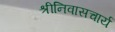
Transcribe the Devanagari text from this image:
श्रीनिवासचार्य